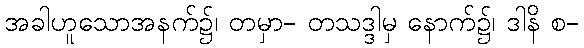
အခါဟူသောအနက်၌၊ တမှာ- တသဒ္ဒါမှ နောက်၌၊ ဒါနိ စ-